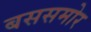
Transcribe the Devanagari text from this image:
बससमोर